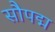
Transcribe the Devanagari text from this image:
सौपद्म